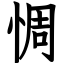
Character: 惆